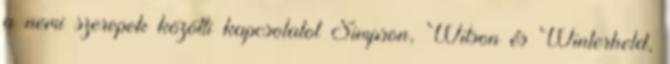
a nemi szerepek közötti kapcsolatot Simpson, Wilson és Winterheld,